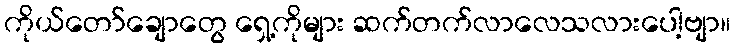
ကိုယ်တော်ချောတွေ ရှေ့ကိုများ ဆက်တက်လာလေသလားပေါ့ဗျာ။